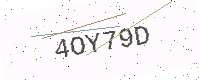
Text: 4OY79D